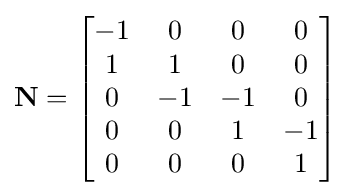
\mathbf {N} ={\begin{bmatrix}-1&0&0&0\\1&1&0&0\\0&-1&-1&0\\0&0&1&-1\\0&0&0&1\\\end{bmatrix}}